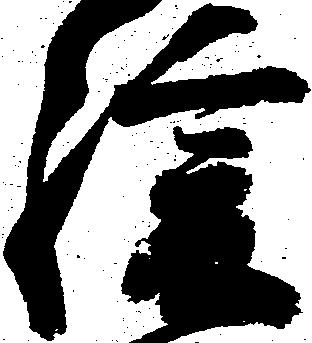
緩